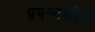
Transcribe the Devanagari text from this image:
प्रयन्तशील